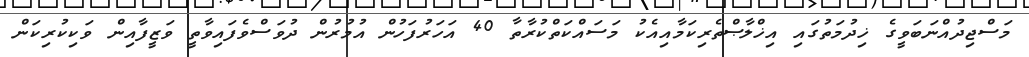
މަސްޖިދުއްނަބަވީގެ ޚިދުމަތުގައި އިޚްލާޞްތެރިކަމާއިއެކު މަސައްކަތްކުރާތާ 40 އަަހަރުފަހުން އުމުރުން ދުވަސްވެފައިވާތީ ވަޒީފާއިން ވަކިކުރިކަން